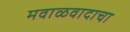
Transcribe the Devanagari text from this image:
मवाळवादाचा